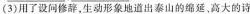
(3)用了设问修辞，生动形象地道出泰山的绵延，高大的诗